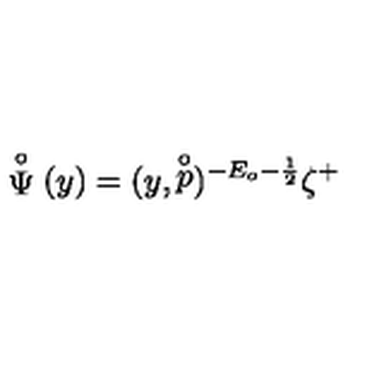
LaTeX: \stackrel { \circ } { \Psi } ( y ) = ( y , \stackrel { \circ } { p } ) ^ { - E _ { o } - \frac 1 2 } \zeta ^ { + }